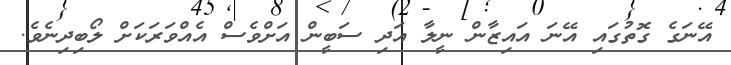
އޭނަގެ ގޮތުގައި އޭނަ އައިޒާން ނީލާ އަދި ސަބީން އަށްވެސް އެއްވަރަކަށް ލޯބިދިނެވެ.